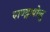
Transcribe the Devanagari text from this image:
पाण्ड्रापोलु